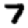
Digit: 7